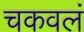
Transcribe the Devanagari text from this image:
चकवलं